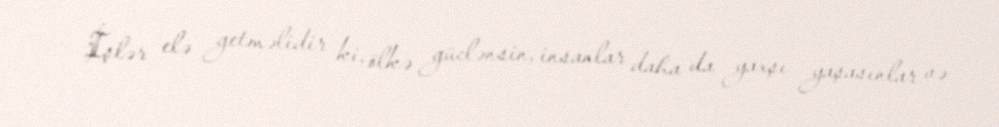
İşlər elə getməlidir ki, ölkə güclənsin, insanlar daha da yaxşı yaşasınlar və